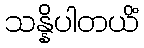
သန္နိပါတယိံ